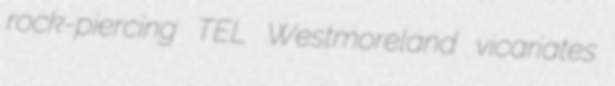
rock-piercing TEL Westmoreland vicariates